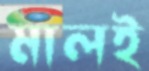
মালই